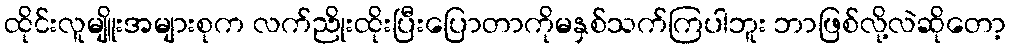
ထိုင်းလူမျိူးအများစုက လက်ညိုးထိုးပြီးပြောတာကိုမနှစ်သက်ကြပါဘူး ဘာဖြစ်လို့လဲဆိုတော့